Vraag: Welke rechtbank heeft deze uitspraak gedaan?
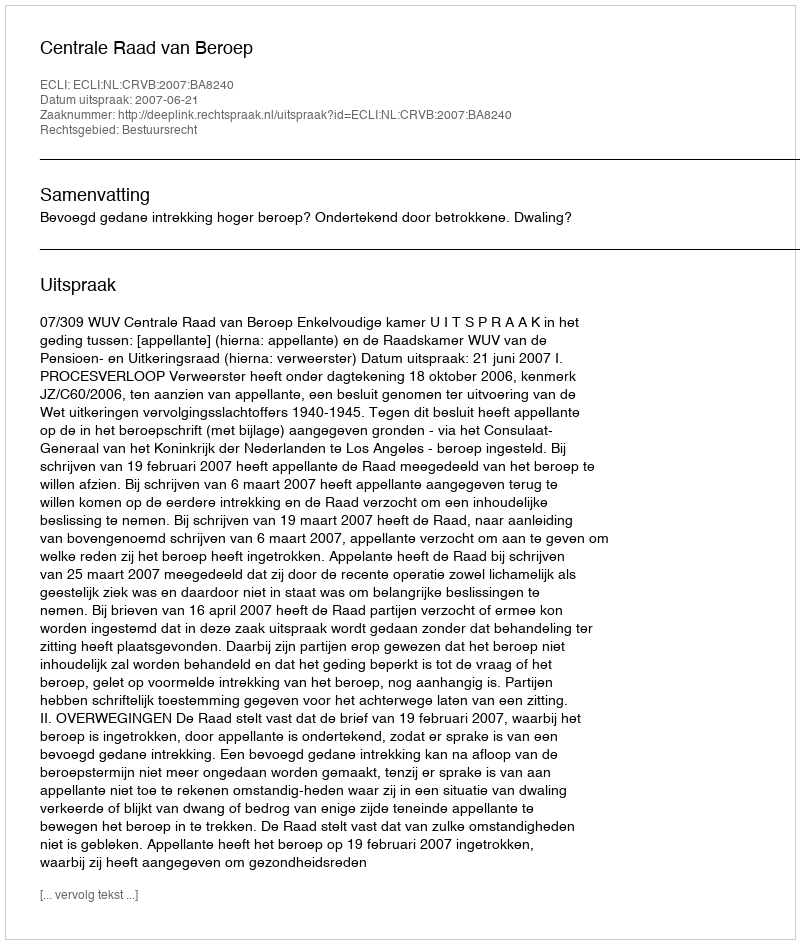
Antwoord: Centrale Raad van Beroep